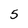
Character: 5